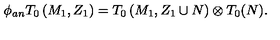
\phi _ { a n } T _ { 0 } \left( M _ { 1 } , Z _ { 1 } \right) = T _ { 0 } \left( M _ { 1 } , Z _ { 1 } \cup N \right) \otimes T _ { 0 } ( N ) .